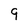
Character: 9